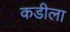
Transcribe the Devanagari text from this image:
कडीला